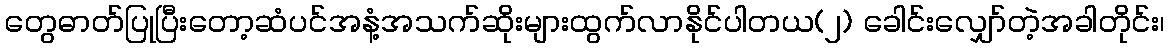
တွေဓာတ်ပြုပြီးတော့ဆံပင်အနံ့အသက်ဆိုးများထွက်လာနိုင်ပါတယ(၂) ခေါင်းလျှော်တဲ့အခါတိုင်း၊